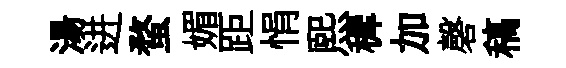
湯进蝥媚距悁煕穉加磬稿